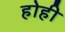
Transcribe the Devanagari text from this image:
होही